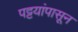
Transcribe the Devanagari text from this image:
पट्टयांपासून